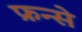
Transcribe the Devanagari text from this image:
फ्रन्से